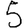
Digit: 5